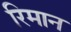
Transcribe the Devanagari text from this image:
रिमान